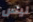
ليس